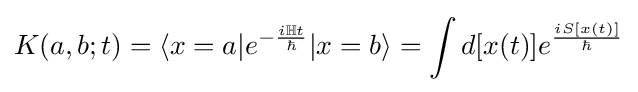
K(a,b;t)=\langle x=a|e^{-{\frac {i\mathbb {H} t}{\hbar }}}|x=b\rangle =\int d[x(t)]e^{\frac {iS[x(t)]}{\hbar }}